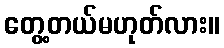
တွေ့တယ်မဟုတ်လား။